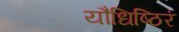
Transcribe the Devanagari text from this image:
यौधिष्ठिरं